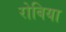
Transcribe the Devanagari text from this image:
रोबिया